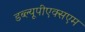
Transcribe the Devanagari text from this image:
डब्ल्यूपीएक्सएम